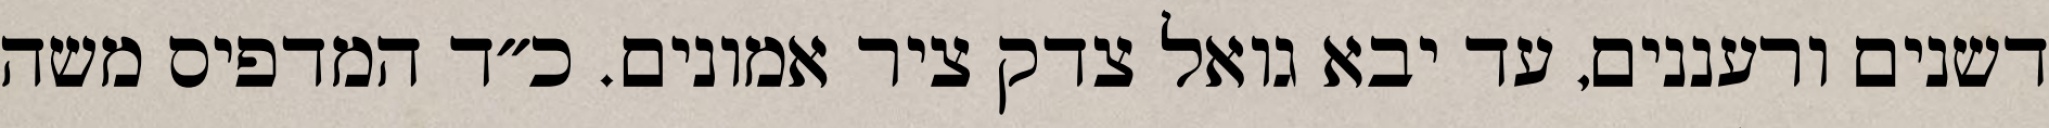
דשנים ורעננים, עד יבא גואל צדק ציר אמונים. כ״ד המדפיס משה